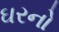
ઘરનો